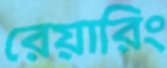
রেয়ারিং